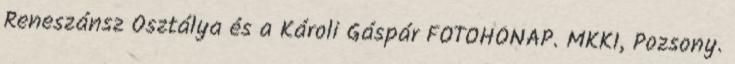
Reneszánsz Osztálya és a Károli Gáspár FOTOHÓNAP. MKKI, Pozsony.